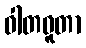
ဝါတဓူတာ